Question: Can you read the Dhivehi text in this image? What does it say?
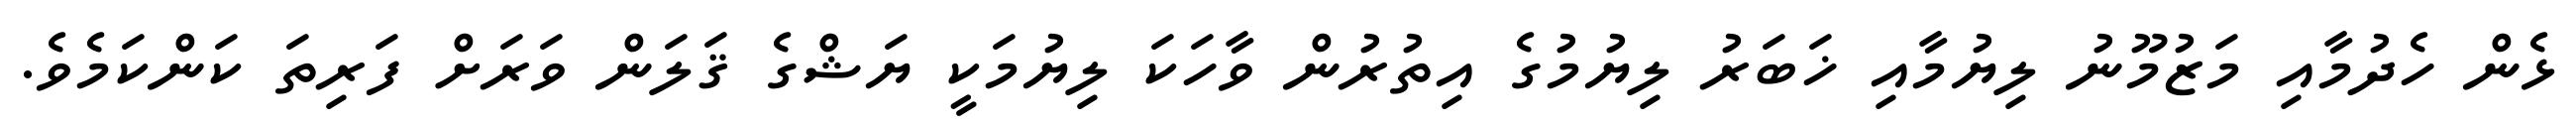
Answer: ޅެން ހެދުމާއި މަޒުމޫނު ލިޔުމާއި ޚަބަރު ލިޔުމުގެ އިތުރުން ވާހަކަ ލިޔުމަކީ ޔަޝްގެ ޤަލަން ވަރަށް ފަރިތަ ކަންކަމެވެ.